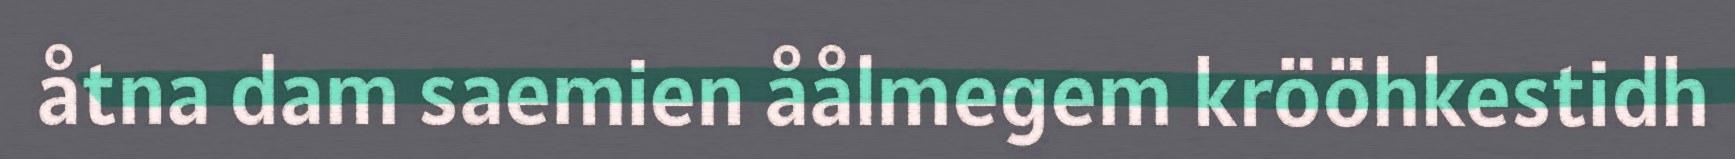
åtna dam saemien åålmegem krööhkestidh